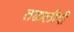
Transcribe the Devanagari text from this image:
तक़लीदी